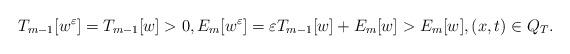
LaTeX: \begin{align*}T_{m-1}[w^\varepsilon]=T_{m-1}[w]>0,E_m[w^\varepsilon]=\varepsilon T_{m-1}[w]+E_m[w]>E_m[w],(x,t)\in Q_T.\end{align*}